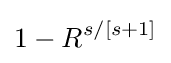
1-R^{s/[s+1]}